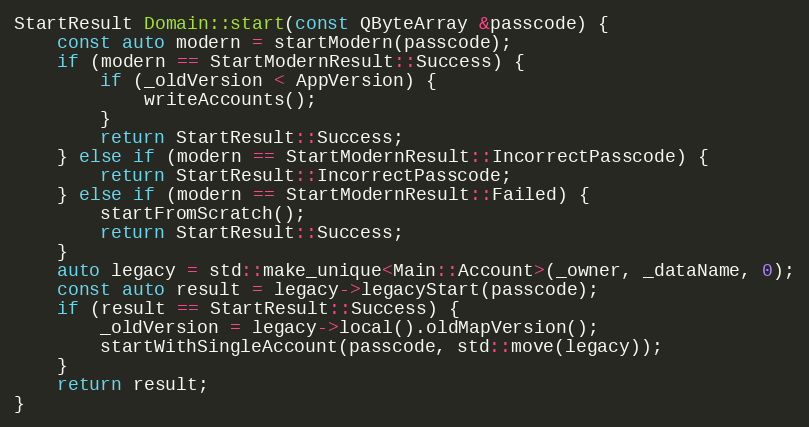
Language: C++
StartResult Domain::start(const QByteArray &passcode) {
	const auto modern = startModern(passcode);
	if (modern == StartModernResult::Success) {
		if (_oldVersion < AppVersion) {
			writeAccounts();
		}
		return StartResult::Success;
	} else if (modern == StartModernResult::IncorrectPasscode) {
		return StartResult::IncorrectPasscode;
	} else if (modern == StartModernResult::Failed) {
		startFromScratch();
		return StartResult::Success;
	}
	auto legacy = std::make_unique<Main::Account>(_owner, _dataName, 0);
	const auto result = legacy->legacyStart(passcode);
	if (result == StartResult::Success) {
		_oldVersion = legacy->local().oldMapVersion();
		startWithSingleAccount(passcode, std::move(legacy));
	}
	return result;
}